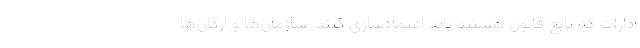
ادارات که تابع قانون هستند باید اعتمادسازی کنند. سازمان‌ها و ارگان‌ها